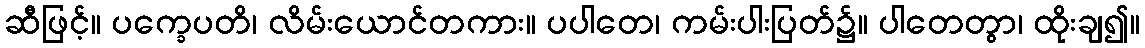
ဆီဖြင့်။ ပက္ခေပတိ၊ လိမ်းယောင်တကား။ ပပါတေ၊ ကမ်းပါးပြတ်၌။ ပါတေတွာ၊ ထိုးချ၍။